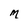
Character: M